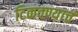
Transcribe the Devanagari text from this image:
टिकवण्याचं